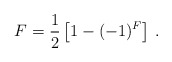
\begin{align*}F=\frac{1}{2}\left[1-(-1)^F \right]\,.\end{align*}